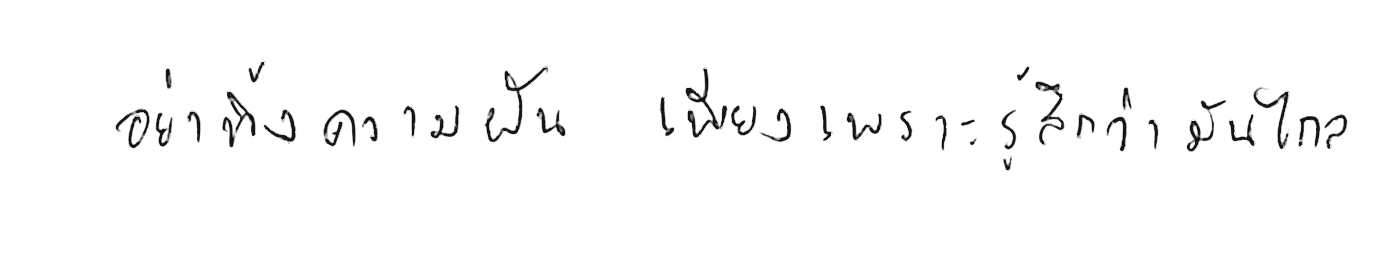
อย่าทิ้งความฝัน เพียงเพราะรู้สึกว่ามันไกล